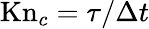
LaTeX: \mathrm{Kn}_{c}=\tau/\Delta t